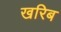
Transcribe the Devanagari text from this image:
खरिब